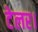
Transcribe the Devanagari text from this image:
टेलर।